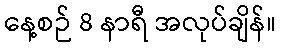
နေ့စဉ် 8 နာရီ အလုပ်ချိန်။